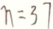
n = 3 7